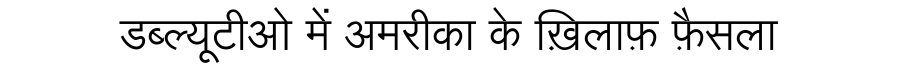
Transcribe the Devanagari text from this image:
डब्ल्यूटीओ में अमरीका के ख़िलाफ़ फ़ैसला